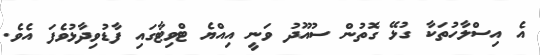
އެ އިސްލާހުތަކާ ގުޅޭ ގޮތުން ސުއޫދު ވަނީ އިއްޔެ ޓްވިޓާގައި ފާޑުވިދާޅުވެފަ އެވެ.